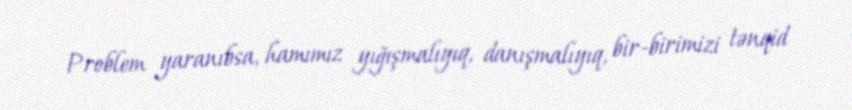
Problem yaranıbsa, hamımız yığışmalıyıq, danışmalıyıq, bir-birimizi tənqid